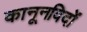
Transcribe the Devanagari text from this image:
कानूनविदों